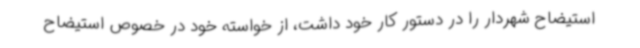
استیضاح شهردار را در دستور کار خود داشت، از خواسته خود در خصوص استیضاح